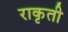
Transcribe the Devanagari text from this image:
राकृती